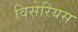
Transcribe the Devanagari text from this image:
विसेरियस